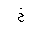
Letter: _kha